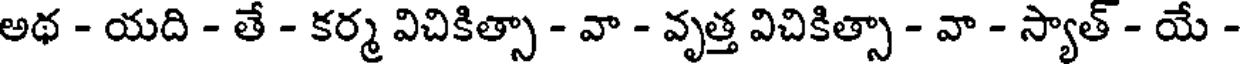
అథ - యది - తే - కర్మ విచికిత్సా - వా - వృత్త విచికిత్సా - వా - స్యాత్ - యే -